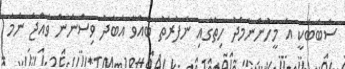
ސަބަބަކީ އެ މީހުންނާމެދު ހިތުގައި ނަފުރަތު ބާއްވާ އަބަދު ވިސްނަން ވެއްޖެ ނަމަ